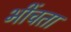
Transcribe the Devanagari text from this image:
भींचता